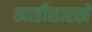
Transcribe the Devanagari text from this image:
खाडीसारखे